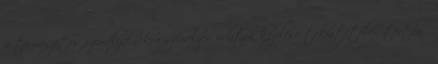
a természetes személyeknek a személyes adatok kezelése tekintetében történő